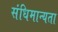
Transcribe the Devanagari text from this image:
संधिमान्यता